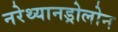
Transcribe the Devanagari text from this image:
नरेथ्यानड्रोलोन